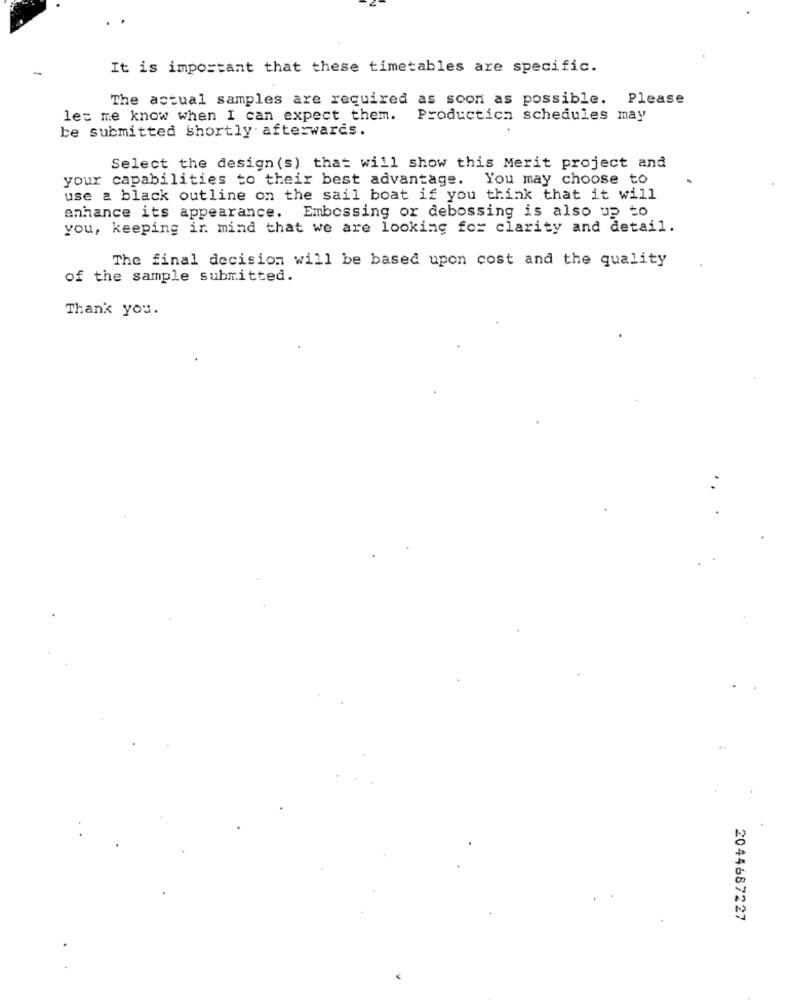
It is important that these timetables are specific.
The actual samples are required as soon as possible. Please
let me know when I can expect them. Productica schedules may
be submitted shortly afterwards.
Select the design (s) that will show this Merit project and
your capabilities to their best advantage. You may choose to
use a black outline on the sail boat if you think that it will
enhance its appearance. Embossing or debossing is also up to
you, keeping in mind that we are looking for clarity and detail.
The final decision will be based upon cost and the quality
of the sample submitted.
Thank you.
2044687227